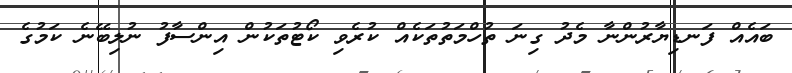
ބައެއް ފަނޑިޔާރުންނާ މެދު ގިނަ ތުހްމަތުތަކެއް ކުރެވި ކޯޓުތަކުން އިންސާފު ނުލިބޭނެ ކަމުގެ